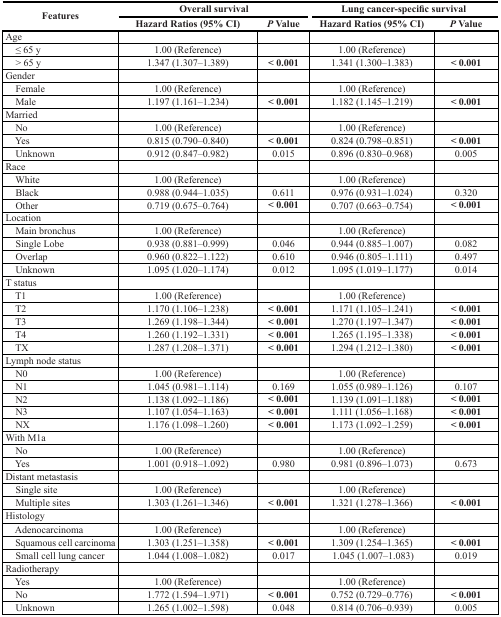
<table><thead><tr><td rowspan="2"><b>Features</b></td><td colspan="2"><b>Overall survival</b></td><td colspan="2"><b>Lung cancer-specific survival</b></td></tr><tr><td><b>Hazard Ratios (95% CI)</b></td><td><b><i>P</i> Value</b></td><td><b>Hazard Ratios (95% CI)</b></td><td><b><i>P</i> Value</b></td></tr></thead><tbody><tr><td>Age</td><td></td><td></td><td></td><td></td></tr><tr><td> ≤ 65 y</td><td>1.00 (Reference)</td><td></td><td>1.00 (Reference)</td><td></td></tr><tr><td> &gt; 65 y</td><td>1.347 (1.307–1.389)</td><td><b>&lt; 0.001</b></td><td>1.341 (1.300–1.383)</td><td><b>&lt; 0.001</b></td></tr><tr><td>Gender</td><td></td><td></td><td></td><td></td></tr><tr><td> Female</td><td>1.00 (Reference)</td><td></td><td>1.00 (Reference)</td><td></td></tr><tr><td> Male</td><td>1.197 (1.161–1.234)</td><td><b>&lt; 0.001</b></td><td>1.182 (1.145–1.219)</td><td><b>&lt; 0.001</b></td></tr><tr><td>Married</td><td></td><td></td><td></td><td></td></tr><tr><td> No</td><td>1.00 (Reference)</td><td></td><td>1.00 (Reference)</td><td></td></tr><tr><td> Yes</td><td>0.815 (0.790–0.840)</td><td><b>&lt; 0.001</b></td><td>0.824 (0.798–0.851)</td><td><b>&lt; 0.001</b></td></tr><tr><td> Unknown</td><td>0.912 (0.847–0.982)</td><td>0.015</td><td>0.896 (0.830–0.968)</td><td>0.005</td></tr><tr><td>Race</td><td></td><td></td><td></td><td></td></tr><tr><td> White</td><td>1.00 (Reference)</td><td></td><td>1.00 (Reference)</td><td></td></tr><tr><td> Black</td><td>0.988 (0.944–1.035)</td><td>0.611</td><td>0.976 (0.931–1.024)</td><td>0.320</td></tr><tr><td> Other</td><td>0.719 (0.675–0.764)</td><td><b>&lt; 0.001</b></td><td>0.707 (0.663–0.754)</td><td><b>&lt; 0.001</b></td></tr><tr><td>Location</td><td></td><td></td><td></td><td></td></tr><tr><td> Main bronchus</td><td>1.00 (Reference)</td><td></td><td>1.00 (Reference)</td><td></td></tr><tr><td> Single Lobe</td><td>0.938 (0.881–0.999)</td><td>0.046</td><td>0.944 (0.885–1.007)</td><td>0.082</td></tr><tr><td> Overlap</td><td>0.960 (0.822–1.122)</td><td>0.610</td><td>0.946 (0.805–1.111)</td><td>0.497</td></tr><tr><td> Unknown</td><td>1.095 (1.020–1.174)</td><td>0.012</td><td>1.095 (1.019–1.177)</td><td>0.014</td></tr><tr><td>T status</td><td></td><td></td><td></td><td></td></tr><tr><td> T1</td><td>1.00 (Reference)</td><td></td><td>1.00 (Reference)</td><td></td></tr><tr><td> T2</td><td>1.170 (1.106–1.238)</td><td><b>&lt; 0.001</b></td><td>1.171 (1.105–1.241)</td><td><b>&lt; 0.001</b></td></tr><tr><td> T3</td><td>1.269 (1.198–1.344)</td><td><b>&lt; 0.001</b></td><td>1.270 (1.197–1.347)</td><td><b>&lt; 0.001</b></td></tr><tr><td> T4</td><td>1.260 (1.192–1.331)</td><td><b>&lt; 0.001</b></td><td>1.265 (1.195–1.338)</td><td><b>&lt; 0.001</b></td></tr><tr><td> TX</td><td>1.287 (1.208–1.371)</td><td><b>&lt; 0.001</b></td><td>1.294 (1.212–1.380)</td><td><b>&lt; 0.001</b></td></tr><tr><td>Lymph node status</td><td></td><td></td><td></td><td></td></tr><tr><td> N0</td><td>1.00 (Reference)</td><td></td><td>1.00 (Reference)</td><td></td></tr><tr><td> N1</td><td>1.045 (0.981–1.114)</td><td>0.169</td><td>1.055 (0.989–1.126)</td><td>0.107</td></tr><tr><td> N2</td><td>1.138 (1.092–1.186)</td><td><b>&lt; 0.001</b></td><td>1.139 (1.091–1.188)</td><td><b>&lt; 0.001</b></td></tr><tr><td> N3</td><td>1.107 (1.054–1.163)</td><td><b>&lt; 0.001</b></td><td>1.111 (1.056–1.168)</td><td><b>&lt; 0.001</b></td></tr><tr><td> NX</td><td>1.176 (1.098–1.260)</td><td><b>&lt; 0.001</b></td><td>1.173 (1.092–1.259)</td><td><b>&lt; 0.001</b></td></tr><tr><td>With M1a</td><td></td><td></td><td></td><td></td></tr><tr><td> No</td><td>1.00 (Reference)</td><td></td><td>1.00 (Reference)</td><td></td></tr><tr><td> Yes</td><td>1.001 (0.918–1.092)</td><td>0.980</td><td>0.981 (0.896–1.073)</td><td>0.673</td></tr><tr><td>Distant metastasis</td><td></td><td></td><td></td><td></td></tr><tr><td> Single site</td><td>1.00 (Reference)</td><td></td><td>1.00 (Reference)</td><td></td></tr><tr><td> Multiple sites</td><td>1.303 (1.261–1.346)</td><td><b>&lt; 0.001</b></td><td>1.321 (1.278–1.366)</td><td><b>&lt; 0.001</b></td></tr><tr><td>Histology</td><td></td><td></td><td></td><td></td></tr><tr><td> Adenocarcinoma</td><td>1.00 (Reference)</td><td></td><td>1.00 (Reference)</td><td></td></tr><tr><td> Squamous cellcarcinoma</td><td>1.303 (1.251–1.358)</td><td><b>&lt; 0.001</b></td><td>1.309 (1.254–1.365)</td><td><b>&lt; 0.001</b></td></tr><tr><td> Small cell lung cancer</td><td>1.044 (1.008–1.082)</td><td>0.017</td><td>1.045 (1.007–1.083)</td><td>0.019</td></tr><tr><td>Radiotherapy</td><td></td><td></td><td></td><td></td></tr><tr><td> Yes</td><td>1.00 (Reference)</td><td></td><td>1.00 (Reference)</td><td></td></tr><tr><td> No</td><td>1.772 (1.594–1.971)</td><td><b>&lt; 0.001</b></td><td>0.752 (0.729–0.776)</td><td><b>&lt; 0.001</b></td></tr><tr><td> Unknown</td><td>1.265 (1.002–1.598)</td><td>0.048</td><td>0.814 (0.706–0.939)</td><td>0.005</td></tr></tbody></table>